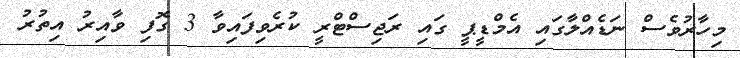
މިހާރުވެސް ނަޑެއްލާގައި އެމްޑީޕީ ގައި ރަޖިސްޓްރީ ކުރެވިފައިވާ 3 ގޮފި ވާއިރު އިތުރު